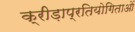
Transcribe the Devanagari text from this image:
क्रीड़ाप्रतियोगिताओं